Scottish Leaving Certificate Examination, 1961
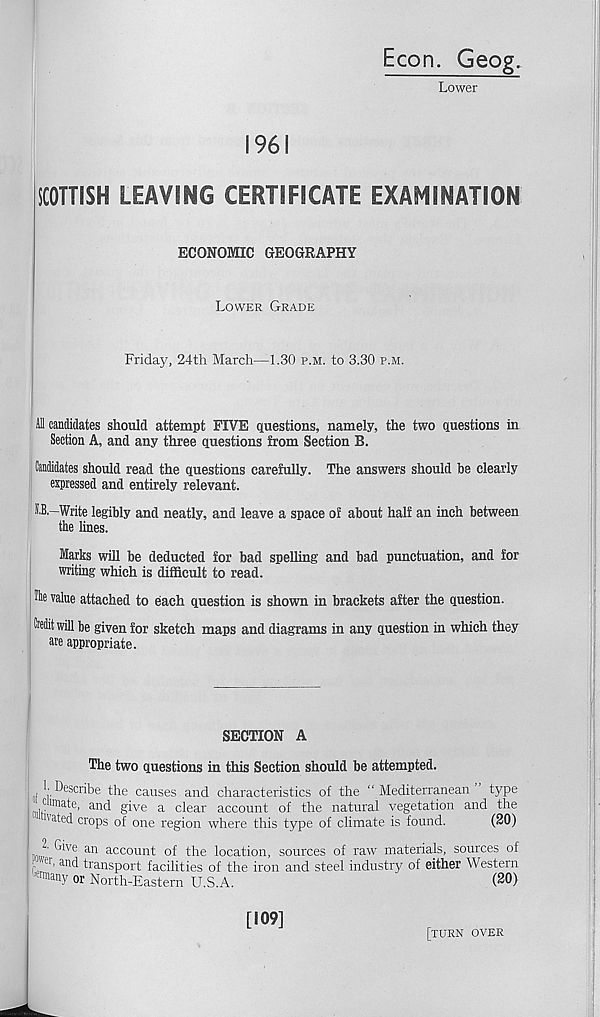
Econ. Geog.
Lower
1961
SCOTTISH LEAVING CERTIFICATE EXAMINATION
ECONOMIC GEOGRAPHY
Lower Grade
Friday, 24th March—1.30 p.m. to 3.30 p.m.
i candidates should attempt FIVE questions, namely, the two questions in
Section A, and any three questions from Section B.
Candidates should read the questions carefully. The answers should be clearly
expressed and entirely relevant.
S.B.—Write legibly and neatly, and leave a space of about half an inch between
the lines.
Marks will be deducted for bad spelling and bad punctuation, and for
writing which is difficult to read.
The value attached to each question is shown in brackets after the question.
Credit will be given for sketch maps and diagrams in any question in which they
are appropriate.
SECTION A
The two questions in this Section should be attempted.
1-Describe the causes and characteristics of the “ Mediterranean type
c unate, and give a clear account of the natural vegetation and the
''ated crops of one region where this type of climate is found.
(20)
Give an account nf thp location, sources of raw materials, sources of
he iron and steel industry of either Western
(20)
[109]
[turn over